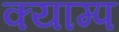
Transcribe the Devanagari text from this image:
क्याम्प